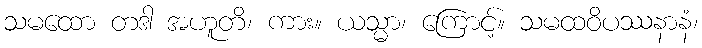
သမထော တဒါ အဟူတိ၊ ကား။ ယသ္မာ၊ ကြောင့်။ သမထဝိပဿနာနံ၊